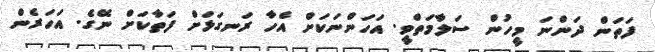
ފަތަން ދަންނަ މީހުން ސަލާމަތްވީ. އަހަންނަކަށް އެހާ ރަނގަޅަށް ފަތާކަށް ނޭގެ. އަހަރެން